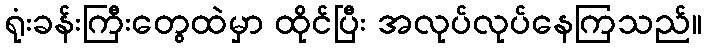
ရုံးခန်းကြီးတွေထဲမှာ ထိုင်ပြီး အလုပ်လုပ်နေကြသည်။